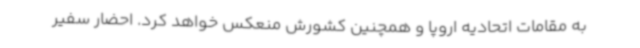
به مقامات اتحادیه اروپا و همچنین کشورش منعکس خواهد کرد. احضار سفیر